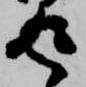
返